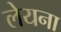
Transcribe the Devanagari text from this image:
लेयना